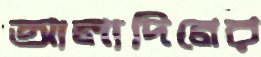
আলাদিনের